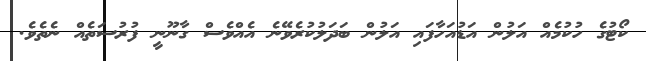
ކޯޓުގެ ހުކުމެއް އަލުން އަޑުއަހާފައި އަލުން ބަދަލުކުރެވޭނެ އެއްވެސް ގާނޫނީ ފުރުސަތެއް ނެތެވެ.